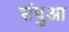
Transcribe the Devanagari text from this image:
संपुआ